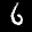
Label: 6